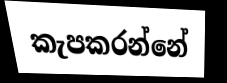
කැපකරන්නේ